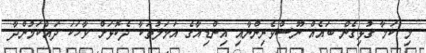
މި ކަމާ ގުޅިގެން ބައެއް ނޫސްވެރިންނާއި އިންޑިއާގެ އަމަލުތަކާ ދެކޮޅަށް ވާހަކަ ދައްކަމުންދާ